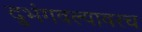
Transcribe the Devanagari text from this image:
दुभंगवल्यावरच